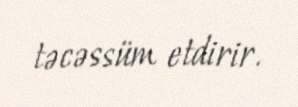
təcəssüm etdirir.